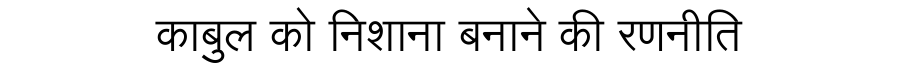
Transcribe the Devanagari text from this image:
काबुल को निशाना बनाने की रणनीति